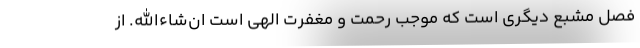
فصل مُشبِع دیگری است که موجب رحمت و مغفرت الهی است ان‌شاءالله. از